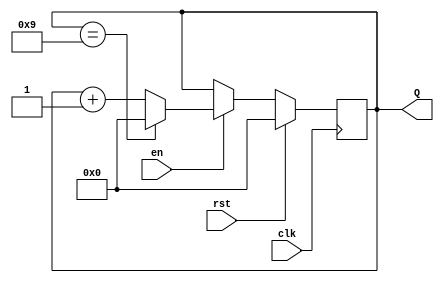
module bcd_counter (
    input wire clk,     // Clock input
    input wire rst,     // Reset input (active high)
    input wire en,      // Enable input (active high)
    output reg [3:0] Q  // 4-bit output representing the current count in BCD format
);

    // Always block triggered on the rising edge of the clock
    always @(posedge clk) begin
        if (rst) begin
            // If reset is high, set count to 0
            Q <= 4'b0000;
        end else if (en) begin
            // If enabled, increment the count
            if (Q == 4'b1001) begin
                // If count reaches 9 (1001), reset to 0
                Q <= 4'b0000;
            end else begin
                // Otherwise, increment the count
                Q <= Q + 1;
            end
        end
    end

endmodule